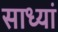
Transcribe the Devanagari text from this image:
साध्यां